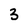
Character: 3